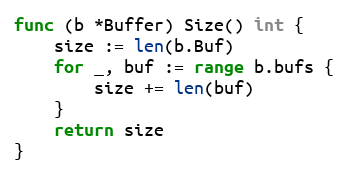
Language: Go
func (b *Buffer) Size() int {
	size := len(b.Buf)
	for _, buf := range b.bufs {
		size += len(buf)
	}
	return size
}